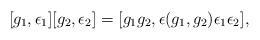
LaTeX: \begin{align*} [g_1, \epsilon_1][g_2, \epsilon_2] = [g_1g_2, \epsilon(g_1,g_2)\epsilon_1\epsilon_2],\end{align*}